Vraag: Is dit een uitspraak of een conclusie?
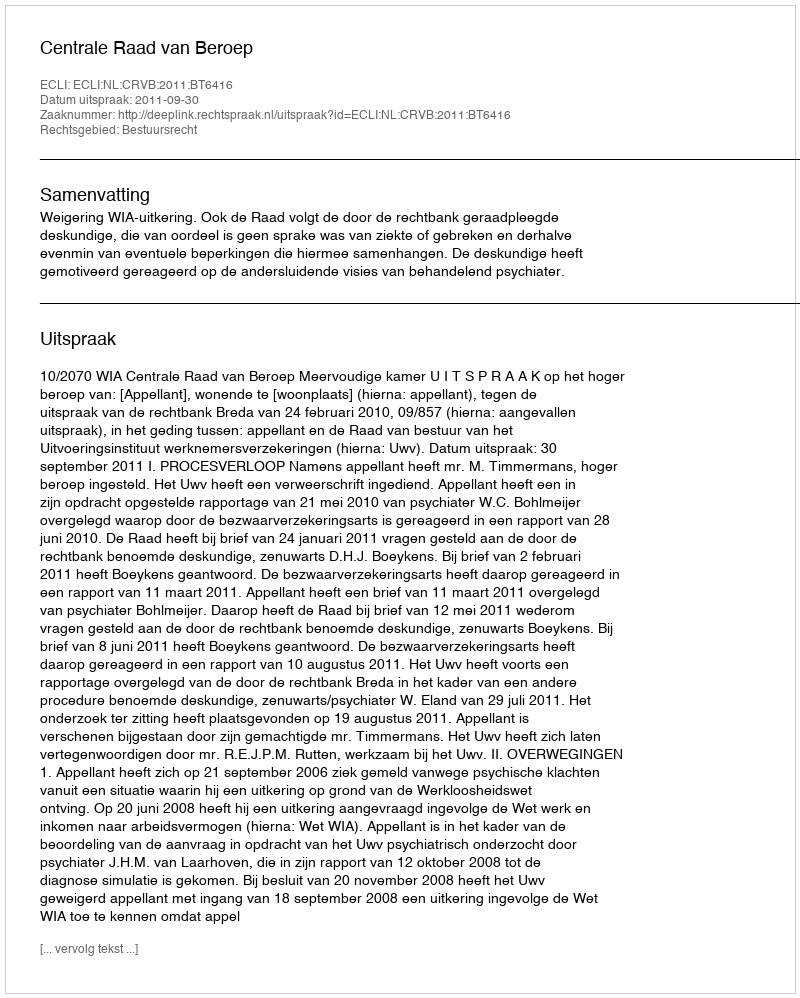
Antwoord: Uitspraak